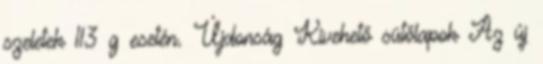
szeletek 113 g esetén. Újdonság Kivehető sütőlapok Az új